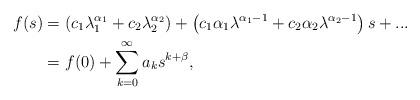
LaTeX: \begin{align*} f(s) &=\left(c_{1}\lambda_{1}^{\alpha_1}+c_2\lambda_{2}^{\alpha_2}\right)+\left(c_{1}\alpha_{1}\lambda^{\alpha_{1}-1}+c_{2}\alpha_{2}\lambda^{\alpha_{2}-1}\right)s+...\\& =f(0)+\sum_{k=0}^{\infty}{a_{k}s^{k+\beta}},\end{align*}